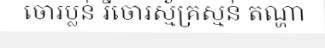
ចោរប្លន់ រីចោរស្ម័គ្រស្មន់ តណ្ហា